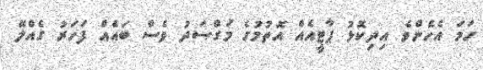
ހަމަ އެހެންވެ އިދިކޮޅު ޕާޓީއެއް އޮތުމުގެ މަގްސަދު ވެސް ބައެއް ފަހަރު ގެއްލޭ